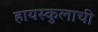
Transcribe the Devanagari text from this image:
हायस्कुलाची